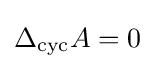
\Delta _{\text{cyc}}A=0